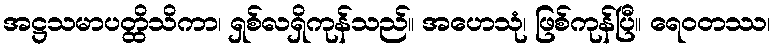
အဋ္ဌသမာပတ္ထိသိကာ၊ ရှစ်လရှိကုန်သည်။ အဟေသုံ၊ ဖြစ်ကုန်ပြီ။ ရေဝတဿ၊